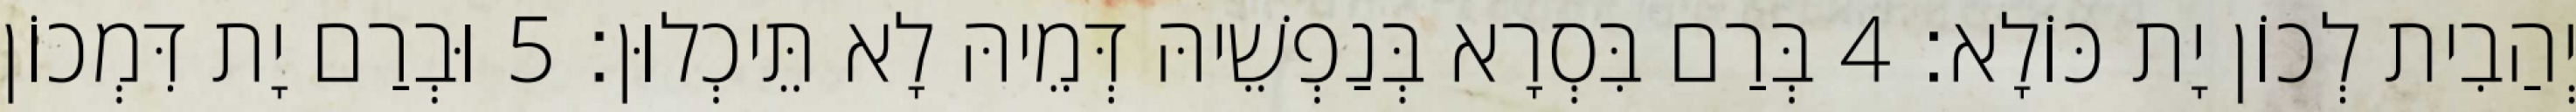
יְהַבִית לְכוֹן יָת כּוֹלָא׃ 4 בְּרַם בִּסְרָא בְּנַפְשֵׁיהּ דְּמֵיהּ לָא תֵּיכְלוּן׃ 5 וּבְרַם יָת דִּמְכוֹן